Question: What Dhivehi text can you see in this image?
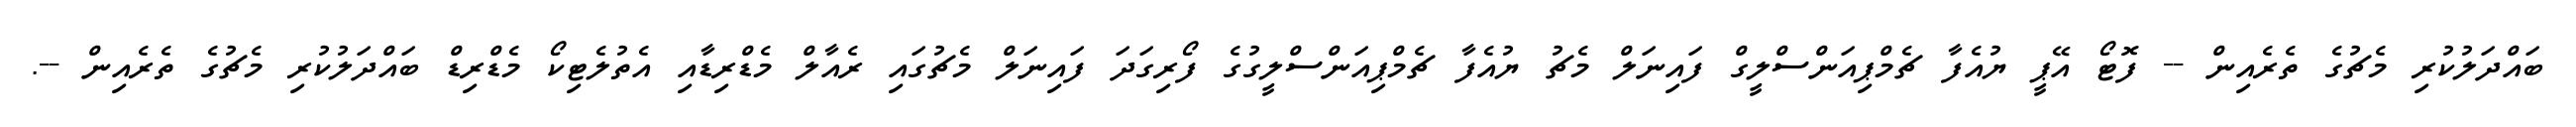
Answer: ބައްދަލުކުރި މެޗުގެ ތެރެއިން -- ފޮޓޯ އޭޕީ ޔުއެފާ ޗެމްޕިއަންސްލީގް ފައިނަލް މެޗު ޔުއެފާ ޗެމްޕިއަންސްލީގުގެ ފޯރިގަދަ ފައިނަލް މެޗުގައި ރެއާލް މެޑްރިޑާއި އެތުލެޓިކޯ މެޑްރިޑް ބައްދަލުކުރި މެޗުގެ ތެރެއިން --.